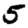
Digit: 5